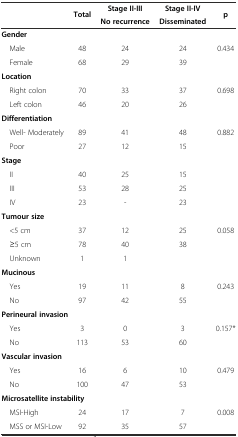
<table><thead><tr><td rowspan="2"></td><td rowspan="2"><b>Total</b></td><td><b>Stage II-III</b></td><td><b>Stage II-IV</b></td><td rowspan="2"><b>p</b></td></tr><tr><td><b>No recurrence</b></td><td><b>Disseminated</b></td></tr></thead><tbody><tr><td colspan="5"><b>Gender</b></td></tr><tr><td> Male</td><td>48</td><td>24</td><td>24</td><td>0.434</td></tr><tr><td> Female</td><td>68</td><td>29</td><td>39</td><td></td></tr><tr><td colspan="5"><b>Location</b></td></tr><tr><td> Right colon</td><td>70</td><td>33</td><td>37</td><td>0.698</td></tr><tr><td> Left colon</td><td>46</td><td>20</td><td>26</td><td></td></tr><tr><td colspan="5"><b>Differentiation</b></td></tr><tr><td> Well- Moderately</td><td>89</td><td>41</td><td>48</td><td>0.882</td></tr><tr><td> Poor</td><td>27</td><td>12</td><td>15</td><td></td></tr><tr><td colspan="5"><b>Stage</b></td></tr><tr><td> II</td><td>40</td><td>25</td><td>15</td><td></td></tr><tr><td> III</td><td>53</td><td>28</td><td>25</td><td></td></tr><tr><td> IV</td><td>23</td><td>-</td><td>23</td><td></td></tr><tr><td colspan="5"><b>Tumour size</b></td></tr><tr><td> &lt;5 cm</td><td>37</td><td>12</td><td>25</td><td>0.058</td></tr><tr><td> ≥5 cm</td><td>78</td><td>40</td><td>38</td><td></td></tr><tr><td> Unknown</td><td>1</td><td>1</td><td></td><td></td></tr><tr><td colspan="5"><b>Mucinous</b></td></tr><tr><td> Yes</td><td>19</td><td>11</td><td>8</td><td>0.243</td></tr><tr><td> No</td><td>97</td><td>42</td><td>55</td><td></td></tr><tr><td colspan="5"><b>Perineural invasion</b></td></tr><tr><td> Yes</td><td>3</td><td>0</td><td>3</td><td>0.157*</td></tr><tr><td> No</td><td>113</td><td>53</td><td>60</td><td></td></tr><tr><td colspan="5"><b>Vascular invasion</b></td></tr><tr><td> Yes</td><td>16</td><td>6</td><td>10</td><td>0.479</td></tr><tr><td> No</td><td>100</td><td>47</td><td>53</td><td></td></tr><tr><td colspan="5"><b>Microsatellite instability</b></td></tr><tr><td> MSI-High</td><td>24</td><td>17</td><td>7</td><td>0.008</td></tr><tr><td> MSS or MSI-Low</td><td>92</td><td>35</td><td>57</td><td></td></tr></tbody></table>